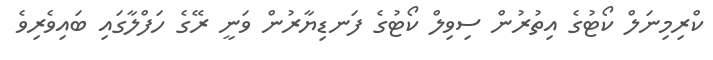
ކްރިމިނަލް ކޯޓުގެ އިތުރުން ސިވިލް ކޯޓުގެ ފަނޑިޔާރުން ވަނީ ރޭގެ ހަފްލާގައި ބައިވެރިވެ